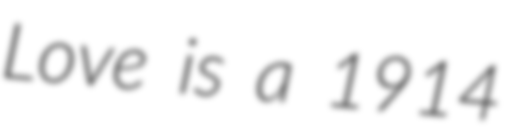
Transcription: Love is a 1914